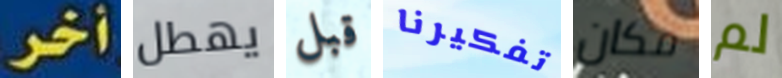
أخر يهطل قبل تفكيرنا مكان لم